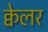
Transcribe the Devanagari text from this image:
क्वेलर